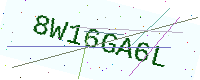
Text: 8W16GA6L